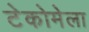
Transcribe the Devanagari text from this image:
टेकोमेला